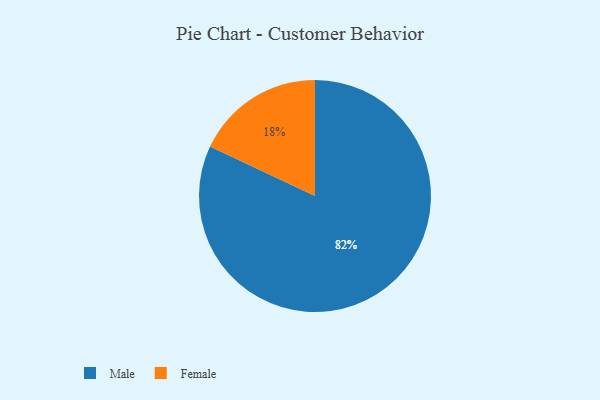
{"axis": {"x": "Category", "y": "Percentage"}, "legend": ["Female", "Male"], "data": [{"x": "Male", "y": 82, "type": "Male"}, {"x": "Female", "y": 18, "type": "Female"}]}